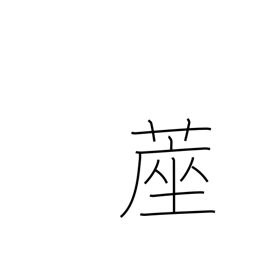
Meaning: matting